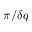
\pi / \delta q